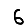
Digit: 6